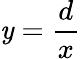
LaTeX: \mathit{y}=\frac{{d}}{{x}}